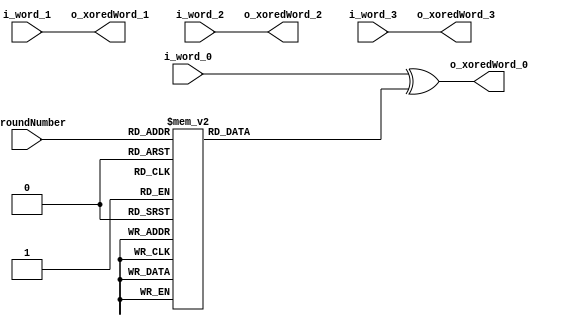

// XORing the keyword with the round constant

module ConstantXOR(
	
	input [3:0] i_roundNumber,
	
	input [7:0] i_word_0,
	input [7:0] i_word_1,
	input [7:0] i_word_2,
	input [7:0] i_word_3,
	
	output [7:0] o_xoredWord_0,
	output [7:0] o_xoredWord_1,
	output [7:0] o_xoredWord_2,
	output [7:0] o_xoredWord_3
	);

	reg [7:0] r_roundConstant;

	always @*
	begin
    	case (i_roundNumber)
        	4'h0 : r_roundConstant = 8'h00;
        	4'h1 : r_roundConstant = 8'h01;
        	4'h2 : r_roundConstant = 8'h02;
        	4'h3 : r_roundConstant = 8'h04;
        	4'h4 : r_roundConstant = 8'h08;
        	4'h5 : r_roundConstant = 8'h10;
        	4'h6 : r_roundConstant = 8'h20;
        	4'h7 : r_roundConstant = 8'h40;
        	4'h8 : r_roundConstant = 8'h80;
        	4'h9 : r_roundConstant = 8'h1B;
        	4'hA : r_roundConstant = 8'h36;
        	default: r_roundConstant = 8'hzz;
    	endcase
	end

	assign o_xoredWord_0 = i_word_0 ^ r_roundConstant;
	assign o_xoredWord_1 = i_word_1;
	assign o_xoredWord_2 = i_word_2;
	assign o_xoredWord_3 = i_word_3;

endmodule